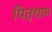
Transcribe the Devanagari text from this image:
पितृधाम